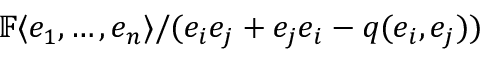
\mathbb { F } \langle e _ { 1 } , \ldots , e _ { n } \rangle / ( e _ { i } e _ { j } + e _ { j } e _ { i } - q ( e _ { i } , e _ { j } ) )